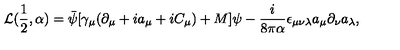
{ \cal L } ( \frac { 1 } { 2 } , \alpha ) = \bar { \psi } [ \gamma _ { \mu } ( \partial _ { \mu } + i a _ { \mu } + i C _ { \mu } ) + M ] \psi - \frac { i } { 8 \pi \alpha } \epsilon _ { \mu \nu \lambda } a _ { \mu } \partial _ { \nu } a _ { \lambda } ,